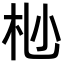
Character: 𫴺